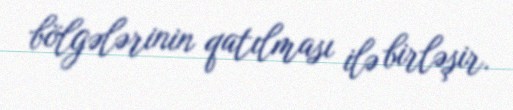
bölgələrinin qatılması ilə birləşir.